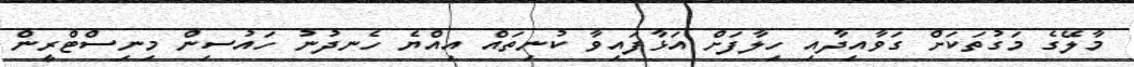
މާލޭގެ މަގުތަކަށް ގަވާއިދާއި ހިލާފަށް އަޅާފައިވާ ކުނިތައް އިއްޔެ ހެނދުނު ހައުސިން މިނިސްޓްރީން